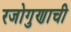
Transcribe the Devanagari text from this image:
रजोगुणाची